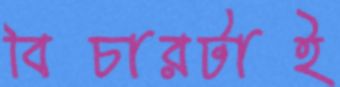
বিচারটাই